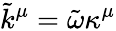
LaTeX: \tilde{k}^{\mu}=\tilde{\omega}\kappa^{\mu}